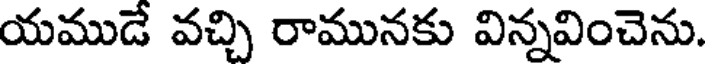
యముడే వచ్చి రామునకు విన్నవించెను.